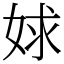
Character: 㛏